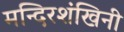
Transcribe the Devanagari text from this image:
मन्दिरशंखिनी